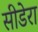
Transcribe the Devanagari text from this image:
सीडेरा